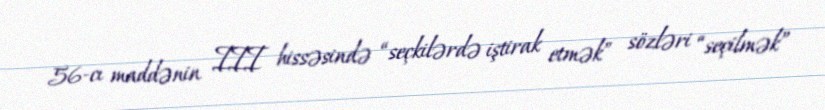
56-cı maddənin III hissəsində “seçkilərdə iştirak etmək” sözləri “seçilmək”